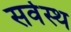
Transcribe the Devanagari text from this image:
सर्वस्थ